Civil Veterinary Department Bihar reports 1940-50 - 1940-1950
Year: 1940
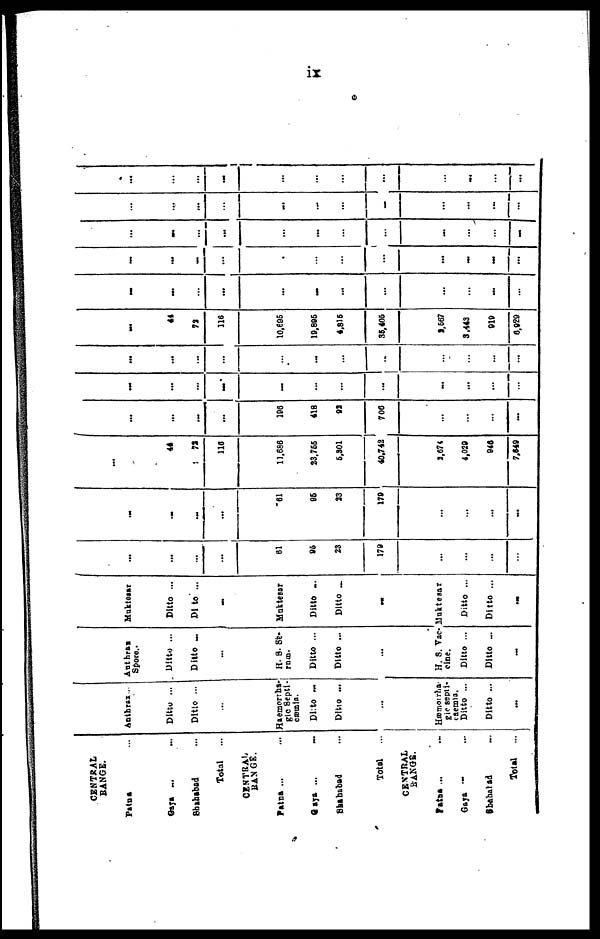
ix
CENTRAL
RANGE.
Patna ...
Gaya ... ...
Shahabad ...
Total
...
CENTRAL
RANGE.
Patna ... ...
Gaya ...
...
Shahabad ...
Total
...
CENTRAL
RANGE.
Patna ... ...
Gaya ... ...
Shahabad
Total
...
Anthrax..
Ditto ...
Ditto ...
...
Haemorrha-
gic Septi-
cæmia.
Ditto ...
Ditto ...
...
Hæmorrha-
gic septi-
caemia.
Ditto ...
Ditto ...
...
Anthrax
Spore .
Ditto ...
Ditto ...
...
H. S. Se-
rum.
Ditto ...
Ditto ...
...
H. S. Vac-
cine.
Ditto ...
Ditto ...
...
Muktesar
Ditto ...
Ditto ...
-
Muktesar
Ditto ...
Ditto ...
...
Muktesar
Ditto ...
Ditto ...
...
...
...
...
61
95
23
179
...
...
...
...
...
-
...
...
61
95
23
179
...
...
...
...
...
44
71
116
11.686
23,755
5,301
40,742
2,674
4,029
940
7,649
...
...
...
...
196
418
93
706
...
...
...
...
...
...
...
...
...
...
...
...
...
...
...
...
...
...
...
...
...
...
...
..
...
...
...
...
...
44
73
116
10,695
19,896
4,815
35,405
2,567
3,443
919
6,929
...
...
...
...
...
-
...
...
...
...
-
...
...
...
...
...
...
...
...
...
...
-
...
...
...
...
...
...
...
...
...
...
...
...
...
...
...
...
...
...
-
...
...
...
...
...
...
..
...
...
1
...
...
...
...
...
...
...
...